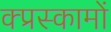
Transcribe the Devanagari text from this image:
क्प्रस्कामों